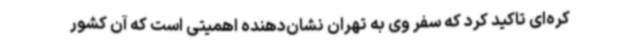
کره‌ای تاکید کرد که سفر وی به تهران نشان‌دهنده اهمیتی است که آن کشور